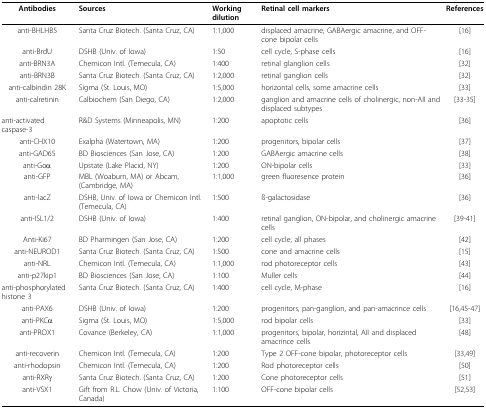
<table><thead><tr><td><b>Antibodies</b></td><td><b>Sources</b></td><td><b>Working dilution</b></td><td><b>Retinal cell markers</b></td><td><b>References</b></td></tr></thead><tbody><tr><td>anti-BHLHB5</td><td>Santa Cruz Biotech. (Santa Cruz, CA)</td><td>1:1,000</td><td>displaced amacrine, GABAergic amacrine, and OFF-cone bipolar cells</td><td>[16]</td></tr><tr><td>anti-BrdU</td><td>DSHB (Univ. of Iowa)</td><td>1:50</td><td>cell cycle, S-phase cells</td><td>[16]</td></tr><tr><td>anti-BRN3A</td><td>Chemicon Intl. (Temecula, CA)</td><td>1:400</td><td>retinal glanglion cells</td><td>[32]</td></tr><tr><td>anti-BRN3B</td><td>Santa Cruz Biotech. (Santa Cruz, CA)</td><td>1:2,000</td><td>retinal ganglion cells</td><td>[32]</td></tr><tr><td>anti-calbindin 28K</td><td>Sigma (St. Louis, MO)</td><td>1:5,000</td><td>horizontal cells, some amacrine cells</td><td>[33]</td></tr><tr><td>anti-calretinin</td><td>Calbiochem (San Diego, CA)</td><td>1:2,000</td><td>ganglion and amacrine cells of cholinergic, non-AII and displaced subtypes</td><td>[33-35]</td></tr><tr><td>anti-activated caspase-3</td><td>R&amp;D Systems (Minneapolis, MN)</td><td>1:200</td><td>apoptotic cells</td><td>[36]</td></tr><tr><td>anti-CHX10</td><td>Exalpha (Watertown, MA)</td><td>1:200</td><td>progenitors, bipolar cells</td><td>[37]</td></tr><tr><td>anti-GAD65</td><td>BD Biosciences (San Jose, CA)</td><td>1:200</td><td>GABAergic amacrine cells</td><td>[38]</td></tr><tr><td>anti-Goα</td><td>Upstate (Lake Placid, NY)</td><td>1:200</td><td>ON-bipolar cells</td><td>[33]</td></tr><tr><td>anti-GFP</td><td>MBL (Woaburn, MA) or Abcam, (Cambridge, MA)</td><td>1:1,000</td><td>green fluoresence protein</td><td>[36]</td></tr><tr><td>anti-lacZ</td><td>DSHB, Univ. of Iowa or Chemicon Intl. (Temecula, CA)</td><td>1:500</td><td>ß-galactosidase</td><td>[36]</td></tr><tr><td>anti-ISL1/2</td><td>DSHB (Univ. of Iowa)</td><td>1:400</td><td>retinal ganglion, ON-bipolar, and cholinergic amacrine cells</td><td>[39-41]</td></tr><tr><td>Anti-Ki67</td><td>BD Pharmingen (San Jose, CA)</td><td>1:200</td><td>cell cycle, all phases</td><td>[42]</td></tr><tr><td>anti-NEUROD1</td><td>Santa Cruz Biotech. (Santa Cruz, CA)</td><td>1:500</td><td>cone and amacrine cells</td><td>[15]</td></tr><tr><td>anti-NRL</td><td>Chemicon Intl. (Temecula, CA)</td><td>1:1,000</td><td>rod photoreceptor cells</td><td>[43]</td></tr><tr><td>anti-p27kip1</td><td>BD Biosciences (San Jose, CA)</td><td>1:100</td><td>Muller cells</td><td>[44]</td></tr><tr><td>anti-phosphorylated histone 3</td><td>Santa Cruz Biotech. (Santa Cruz, CA)</td><td>1:400</td><td>cell cycle, M-phase</td><td>[16]</td></tr><tr><td>anti-PAX6</td><td>DSHB (Univ. of Iowa)</td><td>1:200</td><td>progenitors, pan-ganglion, and pan-amacrince cells</td><td>[16,45-47]</td></tr><tr><td>anti-PKCα</td><td>Sigma (St. Louis, MO)</td><td>1:5,000</td><td>rod bipolar cells</td><td>[33]</td></tr><tr><td>anti-PROX1</td><td>Covance (Berkeley, CA)</td><td>1:1,000</td><td>progenitors, bipolar, horizintal, AII and displaced amacrince cells</td><td>[48]</td></tr><tr><td>anti-recoverin</td><td>Chemicon Intl. (Temecula, CA)</td><td>1:200</td><td>Type 2 OFF-cone bipolar, photoreceptor cells</td><td>[33,49]</td></tr><tr><td>anti-rhodopsin</td><td>Chemicon Intl. (Temecula, CA)</td><td>1:200</td><td>Rod photoreceptor cells</td><td>[50]</td></tr><tr><td>anti-RXRγ</td><td>Santa Cruz Biotech. (Santa Cruz, CA)</td><td>1:200</td><td>Cone photoreceptor cells</td><td>[51]</td></tr><tr><td>anti-VSX1</td><td>Gift from R.L. Chow (Univ. of Victoria, Canada)</td><td>1:100</td><td>OFF-cone bipolar cells</td><td>[52,53]</td></tr></tbody></table>